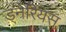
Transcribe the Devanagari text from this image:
ड्नेरियस